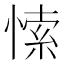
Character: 𭝻